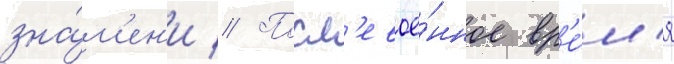
зна́м'ен'и // Посл'евое́нное вр'е́м'я